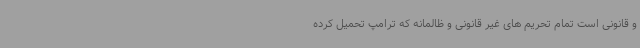
و قانونی است تمام تحریم های غیر قانونی و ظالمانه که ترامپ تحمیل کرده